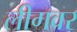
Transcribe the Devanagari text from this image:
लीगवर